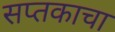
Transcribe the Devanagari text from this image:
सप्तकाचा